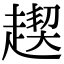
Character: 𧼪